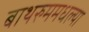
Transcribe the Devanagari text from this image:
बाथरुममधल्‍या